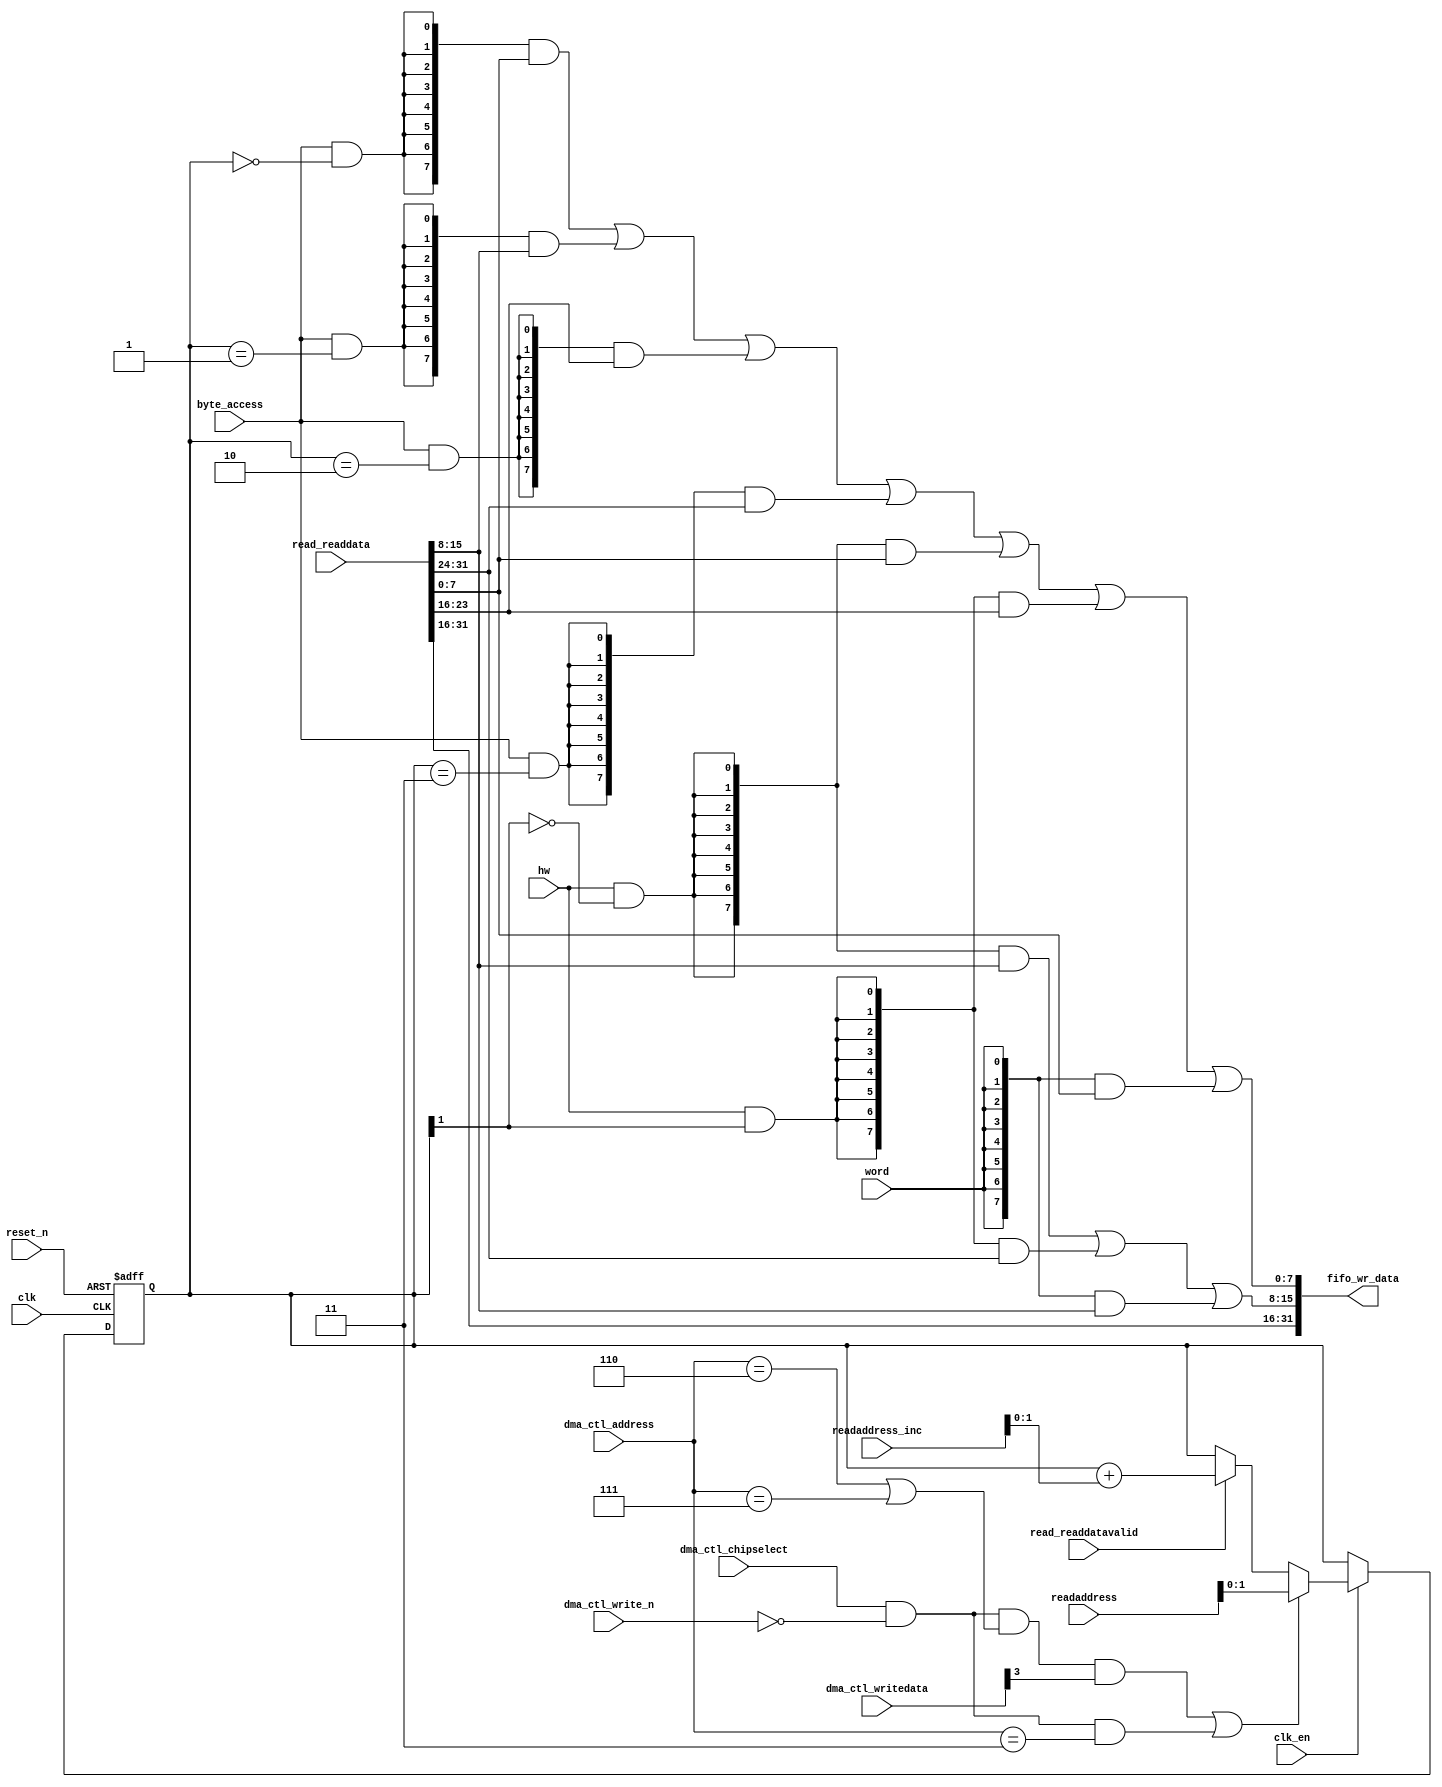
//Legal Notice: (C)2023 Altera Corporation. All rights reserved.  Your
//use of Altera Corporation's design tools, logic functions and other
//software and tools, and its AMPP partner logic functions, and any
//output files any of the foregoing (including device programming or
//simulation files), and any associated documentation or information are
//expressly subject to the terms and conditions of the Altera Program
//License Subscription Agreement or other applicable license agreement,
//including, without limitation, that your use is for the sole purpose
//of programming logic devices manufactured by Altera and sold by Altera
//or its authorized distributors.  Please refer to the applicable
//agreement for further details.

// synthesis translate_off
`timescale 1ns / 1ps
// synthesis translate_on

// turn off superfluous verilog processor warnings 
// altera message_level Level1 
// altera message_off 10034 10035 10036 10037 10230 10240 10030 13469 16735 16788 

module qsys_top_dma_0_altera_avalon_dma_1910_tjkdlhi_read_data_mux (
                                                                     // inputs:
                                                                      byte_access,
                                                                      clk,
                                                                      clk_en,
                                                                      dma_ctl_address,
                                                                      dma_ctl_chipselect,
                                                                      dma_ctl_write_n,
                                                                      dma_ctl_writedata,
                                                                      hw,
                                                                      read_readdata,
                                                                      read_readdatavalid,
                                                                      readaddress,
                                                                      readaddress_inc,
                                                                      reset_n,
                                                                      word,

                                                                     // outputs:
                                                                      fifo_wr_data
                                                                   )
;

  output  [ 31: 0] fifo_wr_data;
  input            byte_access;
  input            clk;
  input            clk_en;
  input   [  2: 0] dma_ctl_address;
  input            dma_ctl_chipselect;
  input            dma_ctl_write_n;
  input   [ 31: 0] dma_ctl_writedata;
  input            hw;
  input   [ 31: 0] read_readdata;
  input            read_readdatavalid;
  input   [ 23: 0] readaddress;
  input   [  4: 0] readaddress_inc;
  input            reset_n;
  input            word;


wire             control_write;
wire    [ 31: 0] fifo_wr_data;
wire             length_write;
wire    [  1: 0] read_data_mux_input;
reg     [  1: 0] readdata_mux_select;
  assign control_write = dma_ctl_chipselect & ~dma_ctl_write_n & ((dma_ctl_address == 6) || (dma_ctl_address == 7));
  assign length_write = dma_ctl_chipselect & ~dma_ctl_write_n & (dma_ctl_address == 3);
  assign read_data_mux_input = ((control_write && dma_ctl_writedata[3] || length_write))? readaddress[1 : 0] :
    (read_readdatavalid)? (readdata_mux_select + readaddress_inc) :
    readdata_mux_select;

  // Reset value: the transaction size bits of the read address reset value.
  always @(posedge clk or negedge reset_n)
    begin
      if (reset_n == 0)
          readdata_mux_select <= 0;
      else if (clk_en)
          readdata_mux_select <= read_data_mux_input[1 : 0];
    end


  assign fifo_wr_data[31 : 16] = read_readdata[31 : 16];
  assign fifo_wr_data[15 : 8] = ({8 {(hw & (readdata_mux_select[1] == 0))}} & read_readdata[15 : 8]) |
    ({8 {(hw & (readdata_mux_select[1] == 1))}} & read_readdata[31 : 24]) |
    ({8 {word}} & read_readdata[15 : 8]);

  assign fifo_wr_data[7 : 0] = ({8 {(byte_access & (readdata_mux_select[1 : 0] == 0))}} & read_readdata[7 : 0]) |
    ({8 {(byte_access & (readdata_mux_select[1 : 0] == 1))}} & read_readdata[15 : 8]) |
    ({8 {(byte_access & (readdata_mux_select[1 : 0] == 2))}} & read_readdata[23 : 16]) |
    ({8 {(byte_access & (readdata_mux_select[1 : 0] == 3))}} & read_readdata[31 : 24]) |
    ({8 {(hw & (readdata_mux_select[1] == 0))}} & read_readdata[7 : 0]) |
    ({8 {(hw & (readdata_mux_select[1] == 1))}} & read_readdata[23 : 16]) |
    ({8 {word}} & read_readdata[7 : 0]);


endmodule


// synthesis translate_off
`timescale 1ns / 1ps
// synthesis translate_on

// turn off superfluous verilog processor warnings 
// altera message_level Level1 
// altera message_off 10034 10035 10036 10037 10230 10240 10030 13469 16735 16788 

module qsys_top_dma_0_altera_avalon_dma_1910_tjkdlhi_byteenables (
                                                                   // inputs:
                                                                    byte_access,
                                                                    hw,
                                                                    word,
                                                                    write_address,

                                                                   // outputs:
                                                                    write_byteenable
                                                                 )
;

  output  [  3: 0] write_byteenable;
  input            byte_access;
  input            hw;
  input            word;
  input   [ 31: 0] write_address;


wire             wa_1_is_0;
wire             wa_1_is_1;
wire             wa_1_to_0_is_0;
wire             wa_1_to_0_is_1;
wire             wa_1_to_0_is_2;
wire             wa_1_to_0_is_3;
wire    [  3: 0] write_byteenable;
  assign wa_1_to_0_is_3 = write_address[1 : 0] == 2'h3;
  assign wa_1_to_0_is_2 = write_address[1 : 0] == 2'h2;
  assign wa_1_to_0_is_1 = write_address[1 : 0] == 2'h1;
  assign wa_1_to_0_is_0 = write_address[1 : 0] == 2'h0;
  assign wa_1_is_1 = write_address[1] == 1'h1;
  assign wa_1_is_0 = write_address[1] == 1'h0;
  assign write_byteenable = ({4 {byte_access}} & {wa_1_to_0_is_3, wa_1_to_0_is_2, wa_1_to_0_is_1, wa_1_to_0_is_0}) |
    ({4 {hw}} & {wa_1_is_1, wa_1_is_1, wa_1_is_0, wa_1_is_0}) |
    ({4 {word}} & 4'b1111);


endmodule


// synthesis translate_off
`timescale 1ns / 1ps
// synthesis translate_on

// turn off superfluous verilog processor warnings 
// altera message_level Level1 
// altera message_off 10034 10035 10036 10037 10230 10240 10030 13469 16735 16788 

module qsys_top_dma_0_altera_avalon_dma_1910_tjkdlhi_fifo_module_fifo_ram_module (
                                                                                   // inputs:
                                                                                    clk,
                                                                                    data,
                                                                                    rdaddress,
                                                                                    rdclken,
                                                                                    reset_n,
                                                                                    wraddress,
                                                                                    wrclock,
                                                                                    wren,

                                                                                   // outputs:
                                                                                    q
                                                                                 )
;

  output  [ 31: 0] q;
  input            clk;
  input   [ 31: 0] data;
  input   [  4: 0] rdaddress;
  input            rdclken;
  input            reset_n;
  input   [  4: 0] wraddress;
  input            wrclock;
  input            wren;


reg     [ 31: 0] mem_array [ 31: 0];
wire    [ 31: 0] q;
reg     [  4: 0] read_address;

//synthesis translate_off
//////////////// SIMULATION-ONLY CONTENTS
  always @(posedge clk or negedge reset_n)
    begin
      if (reset_n == 0)
          read_address <= 0;
      else if (rdclken)
          read_address <= rdaddress;
    end


  // Data read is synchronized through latent_rdaddress.
  assign q = mem_array[read_address];

  always @(posedge wrclock)
    begin
      // Write data
      if (wren)
          mem_array[wraddress] <= data;
    end



//////////////// END SIMULATION-ONLY CONTENTS

//synthesis translate_on
//synthesis read_comments_as_HDL on
//  always @(rdaddress)
//    begin
//      read_address = rdaddress;
//    end
//
//
//  lpm_ram_dp lpm_ram_dp_component
//    (
//      .data (data),
//      .q (q),
//      .rdaddress (read_address),
//      .rdclken (rdclken),
//      .rdclock (clk),
//      .wraddress (wraddress),
//      .wrclock (wrclock),
//      .wren (wren)
//    );
//
//  defparam lpm_ram_dp_component.lpm_file = "UNUSED",
//           lpm_ram_dp_component.lpm_hint = "USE_EAB=ON",
//           lpm_ram_dp_component.lpm_indata = "REGISTERED",
//           lpm_ram_dp_component.lpm_outdata = "UNREGISTERED",
//           lpm_ram_dp_component.lpm_rdaddress_control = "REGISTERED",
//           lpm_ram_dp_component.lpm_width = 32,
//           lpm_ram_dp_component.lpm_widthad = 5,
//           lpm_ram_dp_component.lpm_wraddress_control = "REGISTERED",
//           lpm_ram_dp_component.suppress_memory_conversion_warnings = "ON";
//
//synthesis read_comments_as_HDL off

endmodule


// synthesis translate_off
`timescale 1ns / 1ps
// synthesis translate_on

// turn off superfluous verilog processor warnings 
// altera message_level Level1 
// altera message_off 10034 10035 10036 10037 10230 10240 10030 13469 16735 16788 

module qsys_top_dma_0_altera_avalon_dma_1910_tjkdlhi_fifo_module (
                                                                   // inputs:
                                                                    clk,
                                                                    clk_en,
                                                                    fifo_read,
                                                                    fifo_wr_data,
                                                                    fifo_write,
                                                                    flush_fifo,
                                                                    inc_pending_data,
                                                                    reset_n,

                                                                   // outputs:
                                                                    fifo_datavalid,
                                                                    fifo_empty,
                                                                    fifo_rd_data,
                                                                    p1_fifo_full
                                                                 )
;

  output           fifo_datavalid;
  output           fifo_empty;
  output  [ 31: 0] fifo_rd_data;
  output           p1_fifo_full;
  input            clk;
  input            clk_en;
  input            fifo_read;
  input   [ 31: 0] fifo_wr_data;
  input            fifo_write;
  input            flush_fifo;
  input            inc_pending_data;
  input            reset_n;


wire    [  4: 0] estimated_rdaddress;
reg     [  4: 0] estimated_wraddress;
wire             fifo_datavalid;
wire             fifo_dec;
reg              fifo_empty;
reg              fifo_full;
wire             fifo_inc;
wire    [ 31: 0] fifo_ram_q;
wire    [ 31: 0] fifo_rd_data;
reg              last_write_collision;
reg     [ 31: 0] last_write_data;
wire    [  4: 0] p1_estimated_wraddress;
wire             p1_fifo_empty;
wire             p1_fifo_full;
wire    [  4: 0] p1_wraddress;
wire    [  4: 0] rdaddress;
reg     [  4: 0] rdaddress_reg;
reg     [  4: 0] wraddress;
wire             write_collision;
  assign p1_wraddress = (fifo_write)? wraddress - 1 :
    wraddress;

  always @(posedge clk or negedge reset_n)
    begin
      if (reset_n == 0)
          wraddress <= 0;
      else if (clk_en)
          if (flush_fifo)
              wraddress <= 0;
          else 
            wraddress <= p1_wraddress;
    end


  assign rdaddress = flush_fifo ? 0 : fifo_read ? (rdaddress_reg - 1) : rdaddress_reg;
  always @(posedge clk or negedge reset_n)
    begin
      if (reset_n == 0)
          rdaddress_reg <= 0;
      else 
        rdaddress_reg <= rdaddress;
    end


  assign fifo_datavalid = ~fifo_empty;
  assign fifo_inc = fifo_write & ~fifo_read;
  assign fifo_dec = fifo_read & ~fifo_write;
  assign estimated_rdaddress = rdaddress_reg - 1;
  assign p1_estimated_wraddress = (inc_pending_data)? estimated_wraddress - 1 :
    estimated_wraddress;

  always @(posedge clk or negedge reset_n)
    begin
      if (reset_n == 0)
          estimated_wraddress <= {5 {1'b1}};
      else if (clk_en)
          if (flush_fifo)
              estimated_wraddress <= {5 {1'b1}};
          else 
            estimated_wraddress <= p1_estimated_wraddress;
    end


  assign p1_fifo_empty = flush_fifo  | ((~fifo_inc & fifo_empty) | (fifo_dec & (wraddress == estimated_rdaddress)));
  always @(posedge clk or negedge reset_n)
    begin
      if (reset_n == 0)
          fifo_empty <= 1;
      else if (clk_en)
          fifo_empty <= p1_fifo_empty;
    end


  assign p1_fifo_full = ~flush_fifo & ((~fifo_dec & fifo_full)  | (inc_pending_data & (estimated_wraddress == rdaddress)));
  always @(posedge clk or negedge reset_n)
    begin
      if (reset_n == 0)
          fifo_full <= 0;
      else if (clk_en)
          fifo_full <= p1_fifo_full;
    end


  assign write_collision = fifo_write && (wraddress == rdaddress);
  always @(posedge clk or negedge reset_n)
    begin
      if (reset_n == 0)
          last_write_data <= 0;
      else if (write_collision)
          last_write_data <= fifo_wr_data;
    end


  always @(posedge clk or negedge reset_n)
    begin
      if (reset_n == 0)
          last_write_collision <= 0;
      else if (write_collision)
          last_write_collision <= -1;
      else if (fifo_read)
          last_write_collision <= 0;
    end


  assign fifo_rd_data = last_write_collision ? last_write_data : fifo_ram_q;
  //qsys_top_dma_0_altera_avalon_dma_1910_tjkdlhi_fifo_module_fifo_ram, which is an e_ram
  qsys_top_dma_0_altera_avalon_dma_1910_tjkdlhi_fifo_module_fifo_ram_module qsys_top_dma_0_altera_avalon_dma_1910_tjkdlhi_fifo_module_fifo_ram
    (
      .clk       (clk),
      .data      (fifo_wr_data),
      .q         (fifo_ram_q),
      .rdaddress (rdaddress),
      .rdclken   (1'b1),
      .reset_n   (reset_n),
      .wraddress (wraddress),
      .wrclock   (clk),
      .wren      (fifo_write)
    );


endmodule


// synthesis translate_off
`timescale 1ns / 1ps
// synthesis translate_on

// turn off superfluous verilog processor warnings 
// altera message_level Level1 
// altera message_off 10034 10035 10036 10037 10230 10240 10030 13469 16735 16788 

module qsys_top_dma_0_altera_avalon_dma_1910_tjkdlhi_mem_read (
                                                                // inputs:
                                                                 clk,
                                                                 clk_en,
                                                                 go,
                                                                 p1_done_read,
                                                                 p1_fifo_full,
                                                                 read_waitrequest,
                                                                 reset_n,

                                                                // outputs:
                                                                 inc_read,
                                                                 mem_read_n
                                                              )
;

  output           inc_read;
  output           mem_read_n;
  input            clk;
  input            clk_en;
  input            go;
  input            p1_done_read;
  input            p1_fifo_full;
  input            read_waitrequest;
  input            reset_n;


wire             inc_read;
wire             mem_read_n;
wire             p1_read_select;
reg              qsys_top_dma_0_altera_avalon_dma_1910_tjkdlhi_mem_read_access;
reg              qsys_top_dma_0_altera_avalon_dma_1910_tjkdlhi_mem_read_idle;
reg              read_select;
  assign mem_read_n = ~read_select;
  always @(posedge clk or negedge reset_n)
    begin
      if (reset_n == 0)
          read_select <= 0;
      else if (clk_en)
          read_select <= p1_read_select;
    end


  assign inc_read = read_select & ~read_waitrequest;
  // Transitions into state 'idle'.
  always @(posedge clk or negedge reset_n)
    begin
      if (reset_n == 0)
          qsys_top_dma_0_altera_avalon_dma_1910_tjkdlhi_mem_read_idle <= 1;
      else if (clk_en)
          qsys_top_dma_0_altera_avalon_dma_1910_tjkdlhi_mem_read_idle <= ((qsys_top_dma_0_altera_avalon_dma_1910_tjkdlhi_mem_read_idle == 1) & (go == 0)) |
                    ((qsys_top_dma_0_altera_avalon_dma_1910_tjkdlhi_mem_read_idle == 1) & (p1_done_read == 1)) |
                    ((qsys_top_dma_0_altera_avalon_dma_1910_tjkdlhi_mem_read_idle == 1) & (p1_fifo_full == 1)) |
                    ((qsys_top_dma_0_altera_avalon_dma_1910_tjkdlhi_mem_read_access == 1) & (p1_fifo_full == 1) & (read_waitrequest == 0)) |
                    ((qsys_top_dma_0_altera_avalon_dma_1910_tjkdlhi_mem_read_access == 1) & (p1_done_read == 1) & (read_waitrequest == 0));

    end


  // Transitions into state 'access'.
  always @(posedge clk or negedge reset_n)
    begin
      if (reset_n == 0)
          qsys_top_dma_0_altera_avalon_dma_1910_tjkdlhi_mem_read_access <= 0;
      else if (clk_en)
          qsys_top_dma_0_altera_avalon_dma_1910_tjkdlhi_mem_read_access <= ((qsys_top_dma_0_altera_avalon_dma_1910_tjkdlhi_mem_read_idle == 1) & (go == 1) & (p1_done_read == 0) & (p1_fifo_full == 0)) |
                    ((qsys_top_dma_0_altera_avalon_dma_1910_tjkdlhi_mem_read_access == 1) & (read_waitrequest == 1)) |
                    ((qsys_top_dma_0_altera_avalon_dma_1910_tjkdlhi_mem_read_access == 1) & (p1_done_read == 0) & (p1_fifo_full == 0) & (read_waitrequest == 0));

    end


  assign p1_read_select = ({1 {((qsys_top_dma_0_altera_avalon_dma_1910_tjkdlhi_mem_read_access && (read_waitrequest == 1)))}} & 1) |
    ({1 {((qsys_top_dma_0_altera_avalon_dma_1910_tjkdlhi_mem_read_access && (p1_done_read == 0) && (p1_fifo_full == 0) && (read_waitrequest == 0)))}} & 1) |
    ({1 {((qsys_top_dma_0_altera_avalon_dma_1910_tjkdlhi_mem_read_idle && (go == 1) && (p1_done_read == 0) && (p1_fifo_full == 0)))}} & 1);


endmodule


// synthesis translate_off
`timescale 1ns / 1ps
// synthesis translate_on

// turn off superfluous verilog processor warnings 
// altera message_level Level1 
// altera message_off 10034 10035 10036 10037 10230 10240 10030 13469 16735 16788 

module qsys_top_dma_0_altera_avalon_dma_1910_tjkdlhi_mem_write (
                                                                 // inputs:
                                                                  d1_enabled_write_endofpacket,
                                                                  fifo_datavalid,
                                                                  write_waitrequest,

                                                                 // outputs:
                                                                  fifo_read,
                                                                  inc_write,
                                                                  mem_write_n,
                                                                  write_select
                                                               )
;

  output           fifo_read;
  output           inc_write;
  output           mem_write_n;
  output           write_select;
  input            d1_enabled_write_endofpacket;
  input            fifo_datavalid;
  input            write_waitrequest;


wire             fifo_read;
wire             inc_write;
wire             mem_write_n;
wire             write_select;
  assign write_select = fifo_datavalid & ~d1_enabled_write_endofpacket;
  assign mem_write_n = ~write_select;
  assign fifo_read = write_select & ~write_waitrequest;
  assign inc_write = fifo_read;

endmodule


// synthesis translate_off
`timescale 1ns / 1ps
// synthesis translate_on

// turn off superfluous verilog processor warnings 
// altera message_level Level1 
// altera message_off 10034 10035 10036 10037 10230 10240 10030 13469 16735 16788 

//DMA peripheral qsys_top_dma_0_altera_avalon_dma_1910_tjkdlhi
//Read slaves:
//ocm.s1; 
//Write slaves:
//axi_conduit_merger_0.altera_axi_slave; 


module qsys_top_dma_0_altera_avalon_dma_1910_tjkdlhi (
                                                       // inputs:
                                                        clk,
                                                        dma_ctl_address,
                                                        dma_ctl_chipselect,
                                                        dma_ctl_write_n,
                                                        dma_ctl_writedata,
                                                        read_readdata,
                                                        read_readdatavalid,
                                                        read_waitrequest,
                                                        system_reset_n,
                                                        write_waitrequest,

                                                       // outputs:
                                                        dma_ctl_irq,
                                                        dma_ctl_readdata,
                                                        read_address,
                                                        read_chipselect,
                                                        read_read_n,
                                                        write_address,
                                                        write_byteenable,
                                                        write_chipselect,
                                                        write_write_n,
                                                        write_writedata
                                                     )
  /* synthesis ALTERA_ATTRIBUTE = "SUPPRESS_DA_RULE_INTERNAL=\"R101\"" */ ;

  output           dma_ctl_irq;
  output  [ 31: 0] dma_ctl_readdata;
  output  [ 23: 0] read_address;
  output           read_chipselect;
  output           read_read_n;
  output  [ 31: 0] write_address;
  output  [  3: 0] write_byteenable;
  output           write_chipselect;
  output           write_write_n;
  output  [ 31: 0] write_writedata;
  input            clk;
  input   [  2: 0] dma_ctl_address;
  input            dma_ctl_chipselect;
  input            dma_ctl_write_n;
  input   [ 31: 0] dma_ctl_writedata;
  input   [ 31: 0] read_readdata;
  input            read_readdatavalid;
  input            read_waitrequest;
  input            system_reset_n;
  input            write_waitrequest;


wire             busy;
wire             byte_access;
wire             clk_en;
reg     [ 12: 0] control;
reg              d1_done_transaction;
reg              d1_enabled_write_endofpacket;
reg              d1_read_got_endofpacket;
reg              d1_softwarereset;
wire             dma_ctl_irq;
reg     [ 31: 0] dma_ctl_readdata;
reg              done;
wire             done_transaction;
reg              done_write;
wire             doubleword;
wire             enabled_write_endofpacket;
wire             fifo_datavalid;
wire             fifo_empty;
wire    [ 31: 0] fifo_rd_data;
wire    [ 31: 0] fifo_rd_data_as_byte_access;
wire    [ 31: 0] fifo_rd_data_as_hw;
wire    [ 31: 0] fifo_rd_data_as_word;
wire             fifo_read;
wire    [ 31: 0] fifo_wr_data;
wire             fifo_write;
wire             fifo_write_data_valid;
wire             flush_fifo;
wire             go;
wire             hw;
wire             i_en;
wire             inc_read;
wire             inc_write;
wire             leen;
reg              len;
reg     [ 31: 0] length;
reg              length_eq_0;
wire             mem_read_n;
wire             mem_write_n;
wire    [ 12: 0] p1_control;
wire    [ 31: 0] p1_dma_ctl_readdata;
wire             p1_done_read;
wire             p1_done_write;
wire             p1_fifo_full;
wire    [ 31: 0] p1_length;
wire             p1_length_eq_0;
wire             p1_read_got_endofpacket;
wire    [ 23: 0] p1_readaddress;
wire             p1_write_got_endofpacket;
wire    [ 31: 0] p1_writeaddress;
wire    [ 31: 0] p1_writelength;
wire             p1_writelength_eq_0;
wire             quadword;
wire             rcon;
wire    [ 23: 0] read_address;
wire             read_chipselect;
wire             read_endofpacket;
reg              read_got_endofpacket;
wire             read_read_n;
reg     [ 23: 0] readaddress;
wire    [  4: 0] readaddress_inc;
wire             reen;
reg              reop;
reg              reset_n;
wire             set_software_reset_bit;
reg              software_reset_request;
wire             softwarereset;
wire    [  4: 0] status;
wire             status_register_write;
wire             wcon;
wire             ween;
reg              weop;
wire             word;
wire    [ 31: 0] write_address;
wire    [  3: 0] write_byteenable;
wire             write_chipselect;
wire             write_endofpacket;
reg              write_got_endofpacket;
wire             write_select;
wire             write_write_n;
wire    [ 31: 0] write_writedata;
reg     [ 31: 0] writeaddress;
wire    [  4: 0] writeaddress_inc;
reg     [ 31: 0] writelength;
reg              writelength_eq_0;
  assign clk_en = 1;
  //control_port_slave, which is an e_avalon_slave
  //read_master, which is an e_avalon_master
  qsys_top_dma_0_altera_avalon_dma_1910_tjkdlhi_read_data_mux the_qsys_top_dma_0_altera_avalon_dma_1910_tjkdlhi_read_data_mux
    (
      .byte_access        (byte_access),
      .clk                (clk),
      .clk_en             (clk_en),
      .dma_ctl_address    (dma_ctl_address),
      .dma_ctl_chipselect (dma_ctl_chipselect),
      .dma_ctl_write_n    (dma_ctl_write_n),
      .dma_ctl_writedata  (dma_ctl_writedata),
      .fifo_wr_data       (fifo_wr_data),
      .hw                 (hw),
      .read_readdata      (read_readdata),
      .read_readdatavalid (read_readdatavalid),
      .readaddress        (readaddress),
      .readaddress_inc    (readaddress_inc),
      .reset_n            (reset_n),
      .word               (word)
    );

  //write_master, which is an e_avalon_master
  qsys_top_dma_0_altera_avalon_dma_1910_tjkdlhi_byteenables the_qsys_top_dma_0_altera_avalon_dma_1910_tjkdlhi_byteenables
    (
      .byte_access      (byte_access),
      .hw               (hw),
      .word             (word),
      .write_address    (write_address),
      .write_byteenable (write_byteenable)
    );

  assign read_read_n = mem_read_n;
  assign status_register_write = dma_ctl_chipselect & ~dma_ctl_write_n & (dma_ctl_address == 0);
  // read address
  always @(posedge clk or negedge reset_n)
    begin
      if (reset_n == 0)
          readaddress <= 24'h0;
      else if (clk_en)
          readaddress <= p1_readaddress;
    end


  assign p1_readaddress = ((dma_ctl_chipselect & ~dma_ctl_write_n & (dma_ctl_address == 1)))? dma_ctl_writedata :
    (inc_read)? (readaddress + readaddress_inc) :
    readaddress;

  // write address
  always @(posedge clk or negedge reset_n)
    begin
      if (reset_n == 0)
          writeaddress <= 32'h0;
      else if (clk_en)
          writeaddress <= p1_writeaddress;
    end


  assign p1_writeaddress = ((dma_ctl_chipselect & ~dma_ctl_write_n & (dma_ctl_address == 2)))? dma_ctl_writedata :
    (inc_write)? (writeaddress + writeaddress_inc) :
    writeaddress;

  // length in bytes
  always @(posedge clk or negedge reset_n)
    begin
      if (reset_n == 0)
          length <= 32'h0;
      else if (clk_en)
          length <= p1_length;
    end


  assign p1_length = ((dma_ctl_chipselect & ~dma_ctl_write_n & (dma_ctl_address == 3)))? dma_ctl_writedata :
    ((inc_read && (!length_eq_0)))? length - {1'b0,
    1'b0,
    word,
    hw,
    byte_access} :
    length;

  // control register
  always @(posedge clk or negedge reset_n)
    begin
      if (reset_n == 0)
          control <= 13'h84;
      else if (clk_en)
          control <= p1_control;
    end


  assign p1_control = ((dma_ctl_chipselect & ~dma_ctl_write_n & ((dma_ctl_address == 6) || (dma_ctl_address == 7))))? dma_ctl_writedata :
    control;

  // write master length
  always @(posedge clk or negedge reset_n)
    begin
      if (reset_n == 0)
          writelength <= 32'h0;
      else if (clk_en)
          writelength <= p1_writelength;
    end


  assign p1_writelength = ((dma_ctl_chipselect & ~dma_ctl_write_n & (dma_ctl_address == 3)))? dma_ctl_writedata :
    ((inc_write && (!writelength_eq_0)))? writelength - {1'b0,
    1'b0,
    word,
    hw,
    byte_access} :
    writelength;

  assign p1_writelength_eq_0 = inc_write && (!writelength_eq_0) && ((writelength  - {1'b0,
    1'b0,
    word,
    hw,
    byte_access}) == 0);

  assign p1_length_eq_0 = inc_read && (!length_eq_0) && ((length  - {1'b0,
    1'b0,
    word,
    hw,
    byte_access}) == 0);

  always @(posedge clk or negedge reset_n)
    begin
      if (reset_n == 0)
          length_eq_0 <= 1;
      else if (clk_en)
          if (dma_ctl_chipselect & ~dma_ctl_write_n & (dma_ctl_address == 3))
              length_eq_0 <= 0;
          else if (p1_length_eq_0)
              length_eq_0 <= -1;
    end


  always @(posedge clk or negedge reset_n)
    begin
      if (reset_n == 0)
          writelength_eq_0 <= 1;
      else if (clk_en)
          if (dma_ctl_chipselect & ~dma_ctl_write_n & (dma_ctl_address == 3))
              writelength_eq_0 <= 0;
          else if (p1_writelength_eq_0)
              writelength_eq_0 <= -1;
    end


  assign writeaddress_inc = (wcon)? 0 :
    {1'b0,
    1'b0,
    word,
    hw,
    byte_access};

  assign readaddress_inc = (rcon)? 0 :
    {1'b0,
    1'b0,
    word,
    hw,
    byte_access};

  assign p1_dma_ctl_readdata = ({32 {(dma_ctl_address == 0)}} & status) |
    ({32 {(dma_ctl_address == 1)}} & readaddress) |
    ({32 {(dma_ctl_address == 2)}} & writeaddress) |
    ({32 {(dma_ctl_address == 3)}} & writelength) |
    ({32 {(dma_ctl_address == 6)}} & control);

  always @(posedge clk or negedge reset_n)
    begin
      if (reset_n == 0)
          dma_ctl_readdata <= 0;
      else if (clk_en)
          dma_ctl_readdata <= p1_dma_ctl_readdata;
    end


  assign done_transaction = go & done_write;
  always @(posedge clk or negedge reset_n)
    begin
      if (reset_n == 0)
          done <= 0;
      else if (clk_en)
          if (status_register_write)
              done <= 0;
          else if (done_transaction & ~d1_done_transaction)
              done <= -1;
    end


  always @(posedge clk or negedge reset_n)
    begin
      if (reset_n == 0)
          d1_done_transaction <= 0;
      else if (clk_en)
          d1_done_transaction <= done_transaction;
    end


  assign busy = go & ~done_write;
  assign status[0] = done;
  assign status[1] = busy;
  assign status[2] = reop;
  assign status[3] = weop;
  assign status[4] = len;
  assign byte_access = control[0];
  assign hw = control[1];
  assign word = control[2];
  assign go = control[3];
  assign i_en = control[4];
  assign reen = control[5];
  assign ween = control[6];
  assign leen = control[7];
  assign rcon = control[8];
  assign wcon = control[9];
  assign doubleword = control[10];
  assign quadword = control[11];
  assign softwarereset = control[12];
  assign dma_ctl_irq = i_en & done;
  assign p1_read_got_endofpacket = ~status_register_write && (read_got_endofpacket || (read_endofpacket & reen));
  assign p1_write_got_endofpacket = ~status_register_write && (write_got_endofpacket || (inc_write & write_endofpacket & ween));
  always @(posedge clk or negedge reset_n)
    begin
      if (reset_n == 0)
          read_got_endofpacket <= 0;
      else if (clk_en)
          read_got_endofpacket <= p1_read_got_endofpacket;
    end


  always @(posedge clk or negedge reset_n)
    begin
      if (reset_n == 0)
          write_got_endofpacket <= 0;
      else if (clk_en)
          write_got_endofpacket <= p1_write_got_endofpacket;
    end


  assign flush_fifo = ~d1_done_transaction & done_transaction;
  qsys_top_dma_0_altera_avalon_dma_1910_tjkdlhi_fifo_module the_qsys_top_dma_0_altera_avalon_dma_1910_tjkdlhi_fifo_module
    (
      .clk              (clk),
      .clk_en           (clk_en),
      .fifo_datavalid   (fifo_datavalid),
      .fifo_empty       (fifo_empty),
      .fifo_rd_data     (fifo_rd_data),
      .fifo_read        (fifo_read),
      .fifo_wr_data     (fifo_wr_data),
      .fifo_write       (fifo_write),
      .flush_fifo       (flush_fifo),
      .inc_pending_data (inc_read),
      .p1_fifo_full     (p1_fifo_full),
      .reset_n          (reset_n)
    );

  //the_qsys_top_dma_0_altera_avalon_dma_1910_tjkdlhi_mem_read, which is an e_instance
  qsys_top_dma_0_altera_avalon_dma_1910_tjkdlhi_mem_read the_qsys_top_dma_0_altera_avalon_dma_1910_tjkdlhi_mem_read
    (
      .clk              (clk),
      .clk_en           (clk_en),
      .go               (go),
      .inc_read         (inc_read),
      .mem_read_n       (mem_read_n),
      .p1_done_read     (p1_done_read),
      .p1_fifo_full     (p1_fifo_full),
      .read_waitrequest (read_waitrequest),
      .reset_n          (reset_n)
    );

  assign fifo_write = fifo_write_data_valid;
  assign enabled_write_endofpacket = write_endofpacket & ween;
  always @(posedge clk or negedge reset_n)
    begin
      if (reset_n == 0)
          d1_enabled_write_endofpacket <= 0;
      else if (clk_en)
          d1_enabled_write_endofpacket <= enabled_write_endofpacket;
    end


  qsys_top_dma_0_altera_avalon_dma_1910_tjkdlhi_mem_write the_qsys_top_dma_0_altera_avalon_dma_1910_tjkdlhi_mem_write
    (
      .d1_enabled_write_endofpacket (d1_enabled_write_endofpacket),
      .fifo_datavalid               (fifo_datavalid),
      .fifo_read                    (fifo_read),
      .inc_write                    (inc_write),
      .mem_write_n                  (mem_write_n),
      .write_select                 (write_select),
      .write_waitrequest            (write_waitrequest)
    );

  assign p1_done_read = (leen && (p1_length_eq_0 || (length_eq_0))) | p1_read_got_endofpacket | p1_done_write;
  always @(posedge clk or negedge reset_n)
    begin
      if (reset_n == 0)
          len <= 0;
      else if (clk_en)
          if (status_register_write)
              len <= 0;
          else if (~d1_done_transaction & done_transaction && (writelength_eq_0))
              len <= -1;
    end


  always @(posedge clk or negedge reset_n)
    begin
      if (reset_n == 0)
          reop <= 0;
      else if (clk_en)
          if (status_register_write)
              reop <= 0;
          else if (fifo_empty & read_got_endofpacket & d1_read_got_endofpacket)
              reop <= -1;
    end


  always @(posedge clk or negedge reset_n)
    begin
      if (reset_n == 0)
          weop <= 0;
      else if (clk_en)
          if (status_register_write)
              weop <= 0;
          else if (write_got_endofpacket)
              weop <= -1;
    end


  assign p1_done_write = (leen && (p1_writelength_eq_0 || writelength_eq_0)) | p1_write_got_endofpacket | fifo_empty & d1_read_got_endofpacket;
  always @(posedge clk or negedge reset_n)
    begin
      if (reset_n == 0)
          d1_read_got_endofpacket <= 0;
      else if (clk_en)
          d1_read_got_endofpacket <= read_got_endofpacket;
    end


  // Write has completed when the length goes to 0, or
  //the write source said end-of-packet, or
  //the read source said end-of-packet and the fifo has emptied.
  always @(posedge clk or negedge reset_n)
    begin
      if (reset_n == 0)
          done_write <= 0;
      else if (clk_en)
          done_write <= p1_done_write;
    end


  assign read_address = readaddress;
  assign write_address = writeaddress;
  assign write_chipselect = write_select;
  assign read_chipselect = ~read_read_n;
  assign write_write_n = mem_write_n;
  assign fifo_rd_data_as_byte_access = {fifo_rd_data[7 : 0],
    fifo_rd_data[7 : 0],
    fifo_rd_data[7 : 0],
    fifo_rd_data[7 : 0]};

  assign fifo_rd_data_as_hw = {fifo_rd_data[15 : 0],
    fifo_rd_data[15 : 0]};

  assign fifo_rd_data_as_word = fifo_rd_data[31 : 0];
  assign write_writedata = ({32 {byte_access}} & fifo_rd_data_as_byte_access) |
    ({32 {hw}} & fifo_rd_data_as_hw) |
    ({32 {word}} & fifo_rd_data_as_word);

  assign fifo_write_data_valid = read_readdatavalid;
  assign set_software_reset_bit = ((dma_ctl_chipselect & ~dma_ctl_write_n & ((dma_ctl_address == 6) || (dma_ctl_address == 7)))) & (dma_ctl_address != 7) & dma_ctl_writedata[12];
  always @(posedge clk or negedge system_reset_n)
    begin
      if (system_reset_n == 0)
          d1_softwarereset <= 0;
      else if (set_software_reset_bit | software_reset_request)
          d1_softwarereset <= softwarereset & ~software_reset_request;
    end


  always @(posedge clk or negedge system_reset_n)
    begin
      if (system_reset_n == 0)
          software_reset_request <= 0;
      else if (set_software_reset_bit | software_reset_request)
          software_reset_request <= d1_softwarereset & ~software_reset_request;
    end


  always @(posedge clk or negedge system_reset_n)
    begin
      if (system_reset_n == 0)
          reset_n <= 0;
      else 
        reset_n <= ~(~system_reset_n | software_reset_request);
    end


  assign read_endofpacket = 0;
  assign write_endofpacket = 0;

endmodule